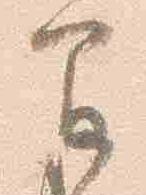
間